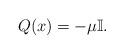
LaTeX: \begin{gather*} Q(x)=-\mu \mathbb{I}.\end{gather*}